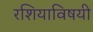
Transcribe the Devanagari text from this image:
रशियाविषयी